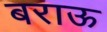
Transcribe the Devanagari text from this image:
बराऊ